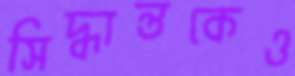
সিদ্ধান্তকেও